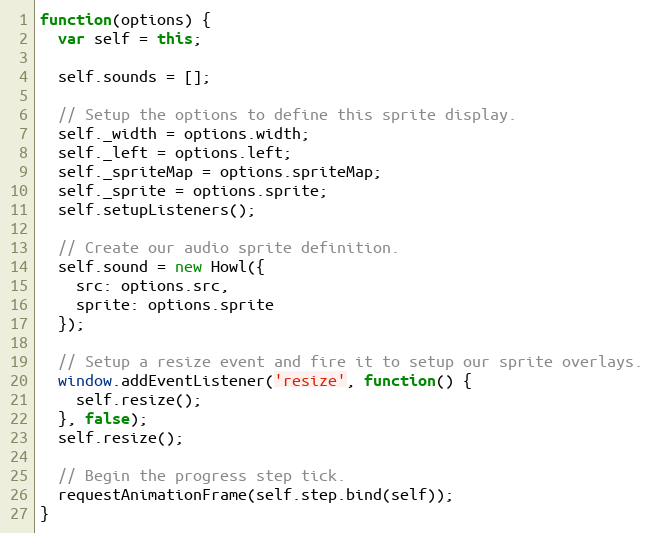
Language: JavaScript
function(options) {
  var self = this;

  self.sounds = [];

  // Setup the options to define this sprite display.
  self._width = options.width;
  self._left = options.left;
  self._spriteMap = options.spriteMap;
  self._sprite = options.sprite;
  self.setupListeners();

  // Create our audio sprite definition.
  self.sound = new Howl({
    src: options.src,
    sprite: options.sprite
  });

  // Setup a resize event and fire it to setup our sprite overlays.
  window.addEventListener('resize', function() {
    self.resize();
  }, false);
  self.resize();

  // Begin the progress step tick.
  requestAnimationFrame(self.step.bind(self));
}